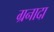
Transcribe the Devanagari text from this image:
ग्रनादा